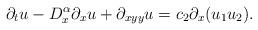
LaTeX: \begin{align*} \partial_tu - D_x^\alpha\partial_xu + \partial_{xyy}u = c_2\partial_x(u_1u_2).\end{align*}